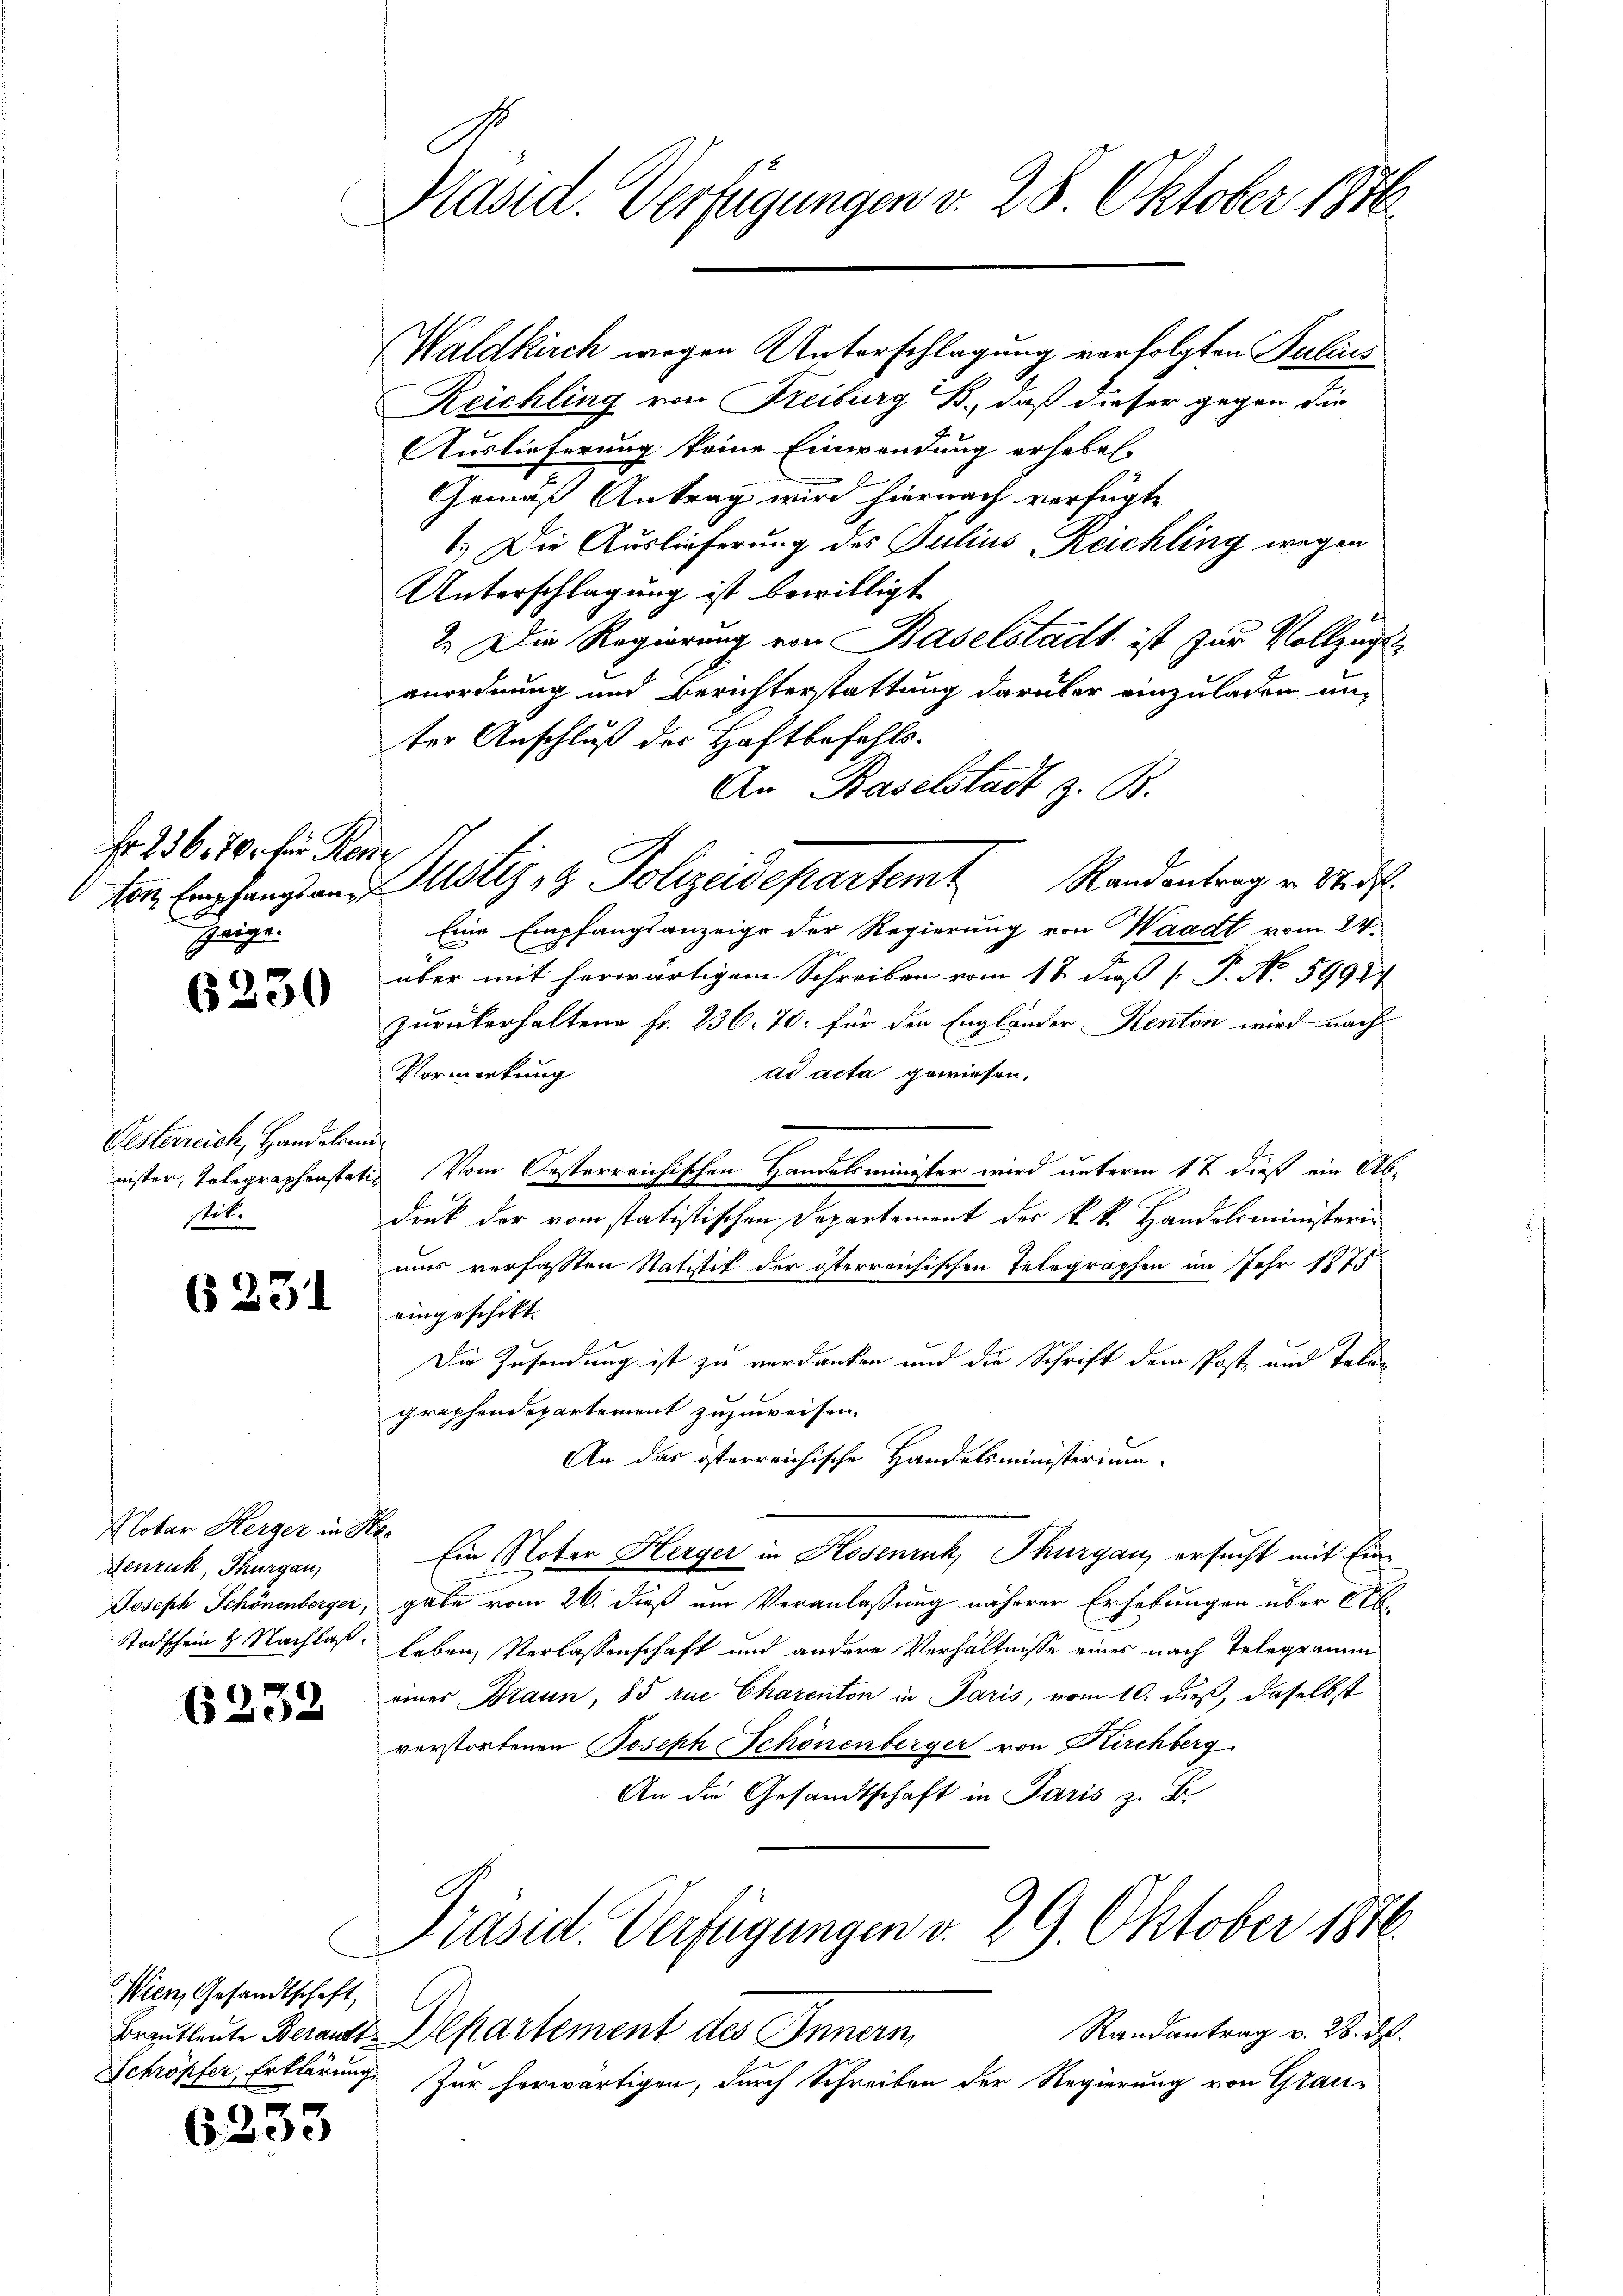
Fr. 23670. für Reise
Zeige.

6230

Gesterreich, Handelsmistit.

6231

Notar Herger in Her
denruk, Thurgau,

6232

C
Wien, Gesandtschaft
Schröpfer, Erklärung

6233

Präsid. Verfügungen v. 28. Oktober 1846

Waldkirch wegen Unterschlagung verfolgten Julius
Reichling von Freiburg B., daß dieser gegen die
Auslieferung keine Einwendung erheben
Gemäß Antrag wird hiernach verfügte
1.) Die Auslieferung des Julius-Reichling wegen
Unterschlagung ist bewilligt
2. Die Regierung von Baselstadt ist zur Vollzug
anordnung und Berichterstattung darüber einzuladen un-
ter Anschluß des Haftbefehls.
An Baselstadt z. B.
Eine Empfangsanzeige der Regierung von Waadt vom 24.
über mit herwärtigem Schreiben vom 18. dieß P. No 5992.
zurückerhaltene Fr. 236. 70. für den Engländer Renten wird nach
u
ad acta gewiesen.
Vormerkung
nister, Telegraphenstati vom Gesterreichischen Handelsminister wird unterm 17 dieß ein Ab¬

druk der vom statistischen Departement der k.k. Handelsministerin
uus verfassten Ratistik der österreichischen Telegraphen im Jahr 1875
eingeschikt.
Die Zusendung ist zu verdanken und die Schrift dem Post- und Talen
graphendepartement zuzuweisen.
An das österreichische Handelsministerium
Ein Noter Herger in Kosenruk, Thurgau, ersucht mit Ein
Joseph Schönenberger, gabe vom 26. dieß um Veranlaßung näherer Erhebungen über Ab-
Stodschein 2 Nachlaß. Leben, Verlassenschaft und andere Verhältnisse eines nach Telegramm
einer Braun, 85 rue Charenton in Paris, vom 10. dieß, daselbst
verstorfenen Joseph Schönenberger von Kirchberg
An die Gesandtschaft in Paris z. B.

von Empfangsans Justiz- & Polizeidepartemt Randentrag v. Wid

Präsid. Verfügungen v. 29. Oktober 1876.

Randantrag v. 28. d.
Brautleute Berat Departement des Innern,
Zur herwärtigen, durch Schreiben der Regierung von Grau-